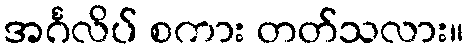
အင်္ဂလိပ် စကား တတ်သလား။